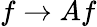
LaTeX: f\to Af